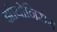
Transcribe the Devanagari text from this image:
झीयोनिसम